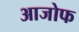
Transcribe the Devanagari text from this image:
आजोफ